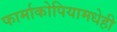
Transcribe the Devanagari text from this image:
फार्माकोपियामधेही